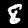
Label: 8